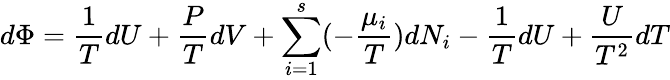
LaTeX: d\Phi={\frac{1}{T}}dU+{\frac{P}{T}}dV+\sum_{i=1}^{s}(-{\frac{\mu_{i}}{T}})dN_{i}-{\frac{1}{T}}dU+{\frac{U}{T^{2}}}dT